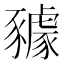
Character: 𧲋